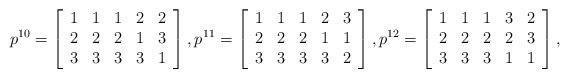
LaTeX: \begin{align*}p^{10}=\left[\begin{array}{ccccc} 1 & 1 & 1 & 2 & 2 \\ 2 & 2 & 2& 1 & 3 \\ 3 & 3 & 3& 3 & 1 \\\end{array}\right],p^{11}=\left[\begin{array}{ccccc} 1 & 1 & 1 & 2 & 3 \\ 2 & 2 & 2 & 1 & 1 \\ 3 & 3 & 3 & 3 & 2 \\\end{array}\right],p^{12}=\left[\begin{array}{ccccc} 1 & 1 & 1 & 3 & 2 \\ 2 & 2 & 2 & 2 & 3 \\ 3 & 3 & 3 & 1 & 1 \\\end{array}\right],\end{align*}